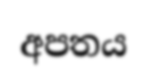
අපතය